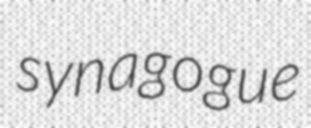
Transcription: synagogue